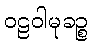
ဝဠဝါမုခဉ္စ